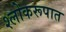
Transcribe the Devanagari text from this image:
श्लोकरूपात